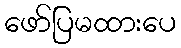
ဖော်ပြမထားပေ